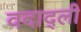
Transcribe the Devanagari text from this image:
वदाद्ली